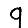
Digit: 9